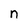
Character: n